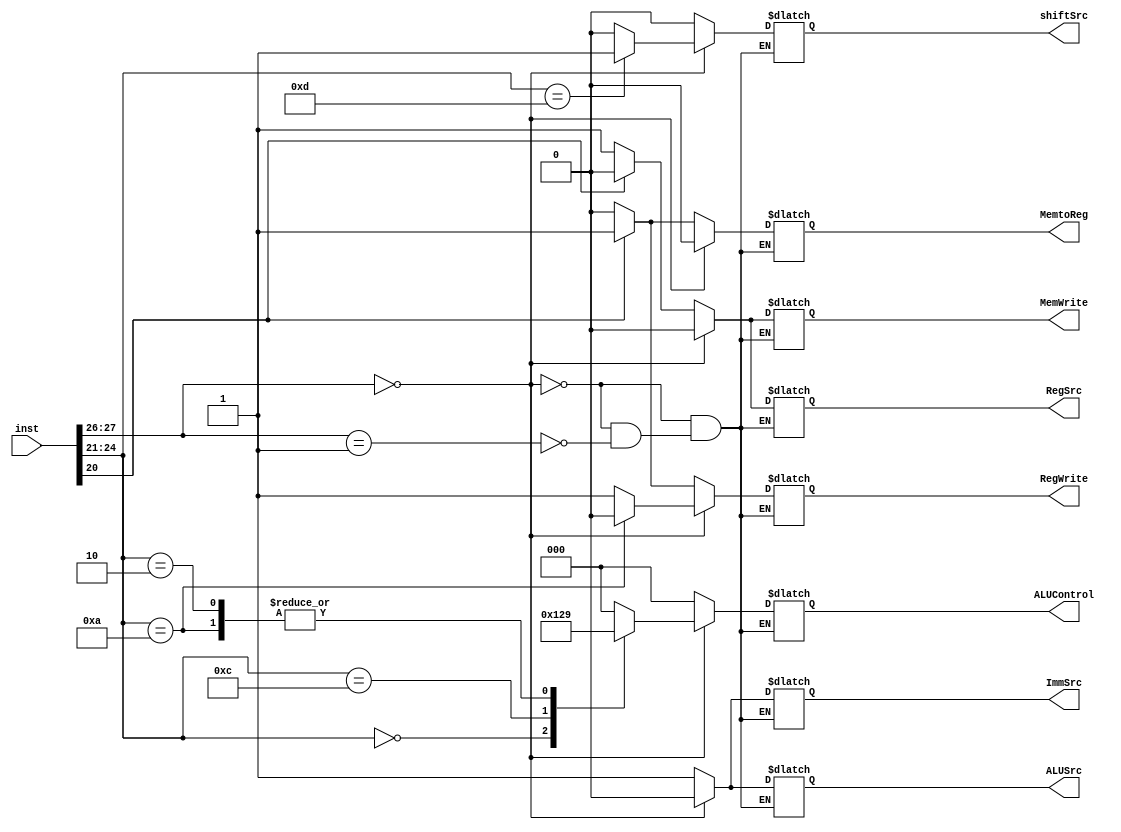
/*
* Controller
*/

`define op 27:26
`define cond 31:28
`define Rn 19:16
`define Rd 15:12
`define cmd 24:21
`define L 20
`define imm12 11:0
`define shamt5 11:7
`define sh 6:5
`define Rm 3:0

`define ADD 4'b0100
`define SUB 4'b0010
`define AND 4'b0000
`define ORR 4'b1100
`define MOV 4'b1101
`define CMP 4'b1010


module Controller (
	MemtoReg,
	MemWrite,
	ImmSrc,
	RegSrc,
	ALUSrc,
	RegWrite,
	shiftSrc,
	ALUControl,
	inst);
	
input [31:0] inst;

output reg MemtoReg,MemWrite,ImmSrc,RegSrc,ALUSrc,RegWrite,shiftSrc;
output reg [2:0] ALUControl;

always@(inst)
begin
	if(inst[`op]==2'b00)
		begin
			ImmSrc = 0;
			RegSrc = 0;
			ALUSrc =  0;
			case(inst[`cmd])
				//ADD
				`ADD: begin
					RegWrite = 1;
					MemWrite = 0;
					MemtoReg = 0;
					shiftSrc = 0;
					ALUControl = 3'b000;
				end
				//SUB
				`SUB: begin
					RegWrite = 1;
					MemWrite = 0;
					MemtoReg = 0;
					shiftSrc = 0;
					ALUControl = 3'b001;
				end
				//AND
				`AND: begin
					RegWrite = 1;
					MemWrite = 0;
					MemtoReg = 0;
					ALUSrc =  0;
					shiftSrc = 0;
					ALUControl = 3'b100;
				end
				//ORR
				`ORR: begin
					RegWrite = 1;
					MemWrite = 0;
					MemtoReg = 0;
					shiftSrc = 0;
					ALUControl = 3'b101;
				end
				//CMP
				`CMP: begin
					RegWrite = 0;
					MemWrite = 0;
					MemtoReg = 0;
					shiftSrc = 0;
					ALUControl = 3'b001;
				end
				//LSL,LSR
				`MOV: begin
					RegWrite = 1;
					MemWrite = 0;
					MemtoReg = 0;
					shiftSrc = 1;
					ALUControl = 3'b000;
				end
				//to play safe
				default: begin
					RegWrite = 1;
					MemWrite = 0;
					MemtoReg = 0;
					shiftSrc = 0;
					ALUControl = 3'b000;
				end
			endcase
		end
	else if(inst[`op]==2'b01)
		begin
			ALUControl = 3'b000;
			shiftSrc = 0;
			ALUSrc =  1;
			ImmSrc = 1;
			case(inst[`L])
				//LDR
				1'b1: begin
					RegWrite = 1;
					MemWrite = 0;
					MemtoReg = 1;
					RegSrc = 0;

				end
				1'b0: begin
					RegWrite = 0;
					MemWrite = 1;
					MemtoReg = 0;
					RegSrc = 1;					
				end
				//to play safe
				default: begin
					RegWrite = 1;
					MemWrite = 0;
					MemtoReg = 1;
					RegSrc = 0;
				end
			endcase
			
		end
end

endmodule